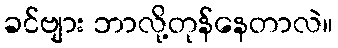
ခင်ဗျား ဘာလို့တုန်နေတာလဲ။